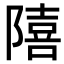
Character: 𨼩